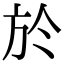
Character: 於